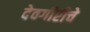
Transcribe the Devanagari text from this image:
देवगीरीचे